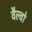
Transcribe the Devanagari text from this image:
वैल्वो